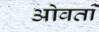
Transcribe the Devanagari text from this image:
ओवता